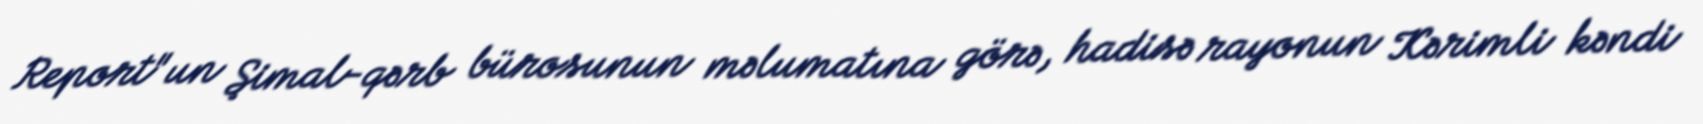
Report"un Şimal-qərb bürosunun məlumatına görə, hadisə rayonun Kərimli kəndi